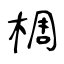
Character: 椆